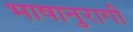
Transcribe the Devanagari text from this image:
भाषानुरागी